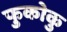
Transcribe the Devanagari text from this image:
फुकोकु